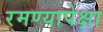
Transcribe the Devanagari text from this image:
रमण्यापेक्षा